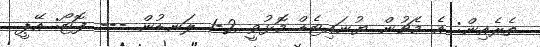
ތެރެއިން: އެ މެޗުން ޔުނައިޓެޑް މޮޅުވީ 2-1 ލަނޑުން --- ފޮޓޯ: އޭޕީ